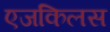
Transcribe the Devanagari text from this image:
एजकिलस